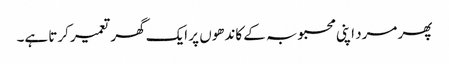
پھر مرد اپنی محبوبہ کے کاندھوں پر ایک گھر تعمیر کرتا ہے۔